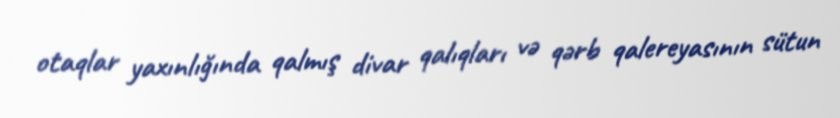
otaqlar yaxınlığında qalmış divar qalıqları və qərb qalereyasının sütun